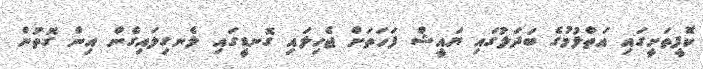
ކޮފީތަށީގައި އަތްލުމުގެ ބަދަލުގައި ޔައީޝް ފަހަތަށް ޖެހިލައި ގޮނޑީގައި ލެނގިލައިގެން އިން ގޮތުން